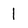
Character: 1